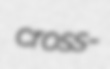
cross-